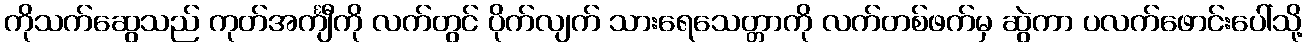
ကိုသက်ဆွေသည် ကုတ်အင်္ကျီကို လက်တွင် ပိုက်လျက် သားရေသေတ္တာကို လက်တစ်ဖက်မှ ဆွဲကာ ပလက်ဖောင်းပေါ်သို့